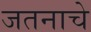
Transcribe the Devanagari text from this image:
जतनाचे